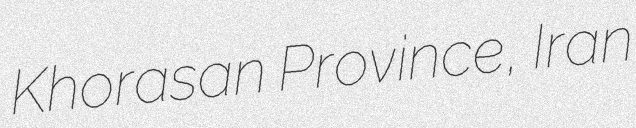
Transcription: Khorasan Province, Iran